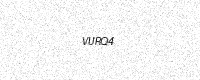
Text: VURQ4